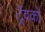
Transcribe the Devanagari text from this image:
ट्रॅवको